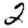
Digit: 2